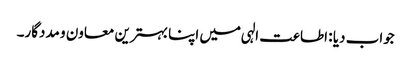
جواب دیا : اطاعت الہی میں اپنا بہترین معاون و مددگار۔